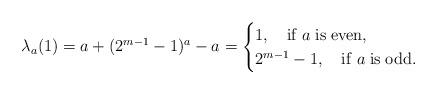
LaTeX: \begin{align*}\lambda_a(1)=a+(2^{m-1}-1)^a-a=\begin{cases}1, \quad{\rm if}\; a\; {\rm is\; even,}\\2^{m-1}-1, \quad{\rm if}\; a\; {\rm is\; odd.}\end{cases}\end{align*}